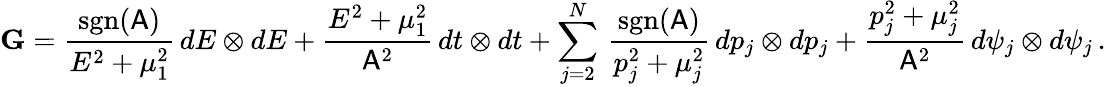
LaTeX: \mathbf{G}=\frac{\mathrm{sgn}(\mathsf{A})}{E^{2}+\mu_{1}^{2}}\, dE\otimes dE+\frac{E^{2}+\mu_{1}^{2}}{\mathsf{A}^{2}}\, dt\otimes dt+\sum_{j=2}^{N}\, \frac{\mathrm{sgn}(\mathsf{A})}{p_{j}^{2}+\mu_{j}^{2}}\, dp_{j}\otimes dp_{j}+\frac{p_{j}^{2}+\mu_{j}^{2}}{\mathsf{A}^{2}}\, d\psi_{j}\otimes d\psi_{j}\, .